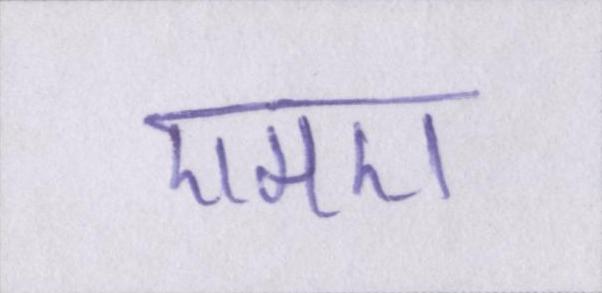
एमए